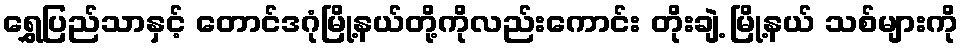
ရွှေပြည်သာနှင့် တောင်ဒဂုံမြို့နယ်တို့ကိုလည်းကောင်း တိုးချဲ့ မြို့နယ် သစ်များကို